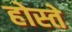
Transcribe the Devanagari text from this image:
होस्ते